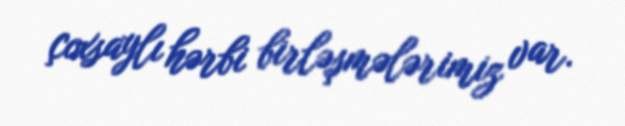
çoxsaylı hərbi birləşmələrimiz var.